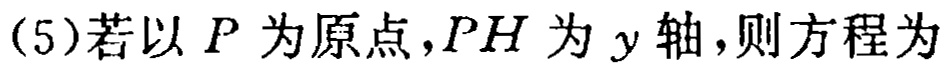
(5)若以 \(P\) 为原点，\(PH\) 为 \(y\) 轴，则方程为